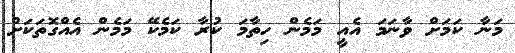
މަނާ ކަމަށް ވާނަމަ އެއީ މަމެން ހިތާމަ ކުރާ ކަމެކޭ މަމެން އެއްގޮތަކަށް